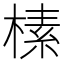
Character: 榡